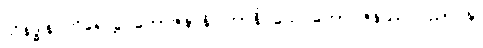
သိနိဒ္ဓါနိ ကိရေလွှ ဘောဇနာနိ၊ တာနိ သေဝတော ဇနဿ ပညာဝဍ္ဎ၊